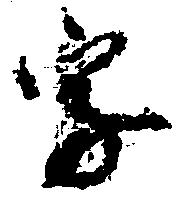
字